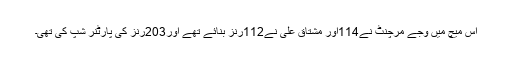
اس میچ میں وجے مرچنٹ نے114اور مشتاق علی نے112رنز بنائے تھے اور203رنز کی پارٹنر شپ کی تھی۔